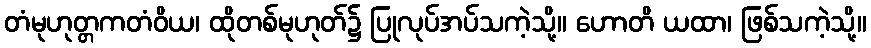
တံမုဟုတ္တကတံဝိယ၊ ထိုတစ်မုဟုတ်၌ ပြုလုပ်အပ်သကဲ့သို့။ ဟောတိ ယထာ၊ ဖြစ်သကဲ့သို့။